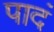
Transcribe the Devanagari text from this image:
पादं